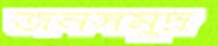
জনসমুদ্র